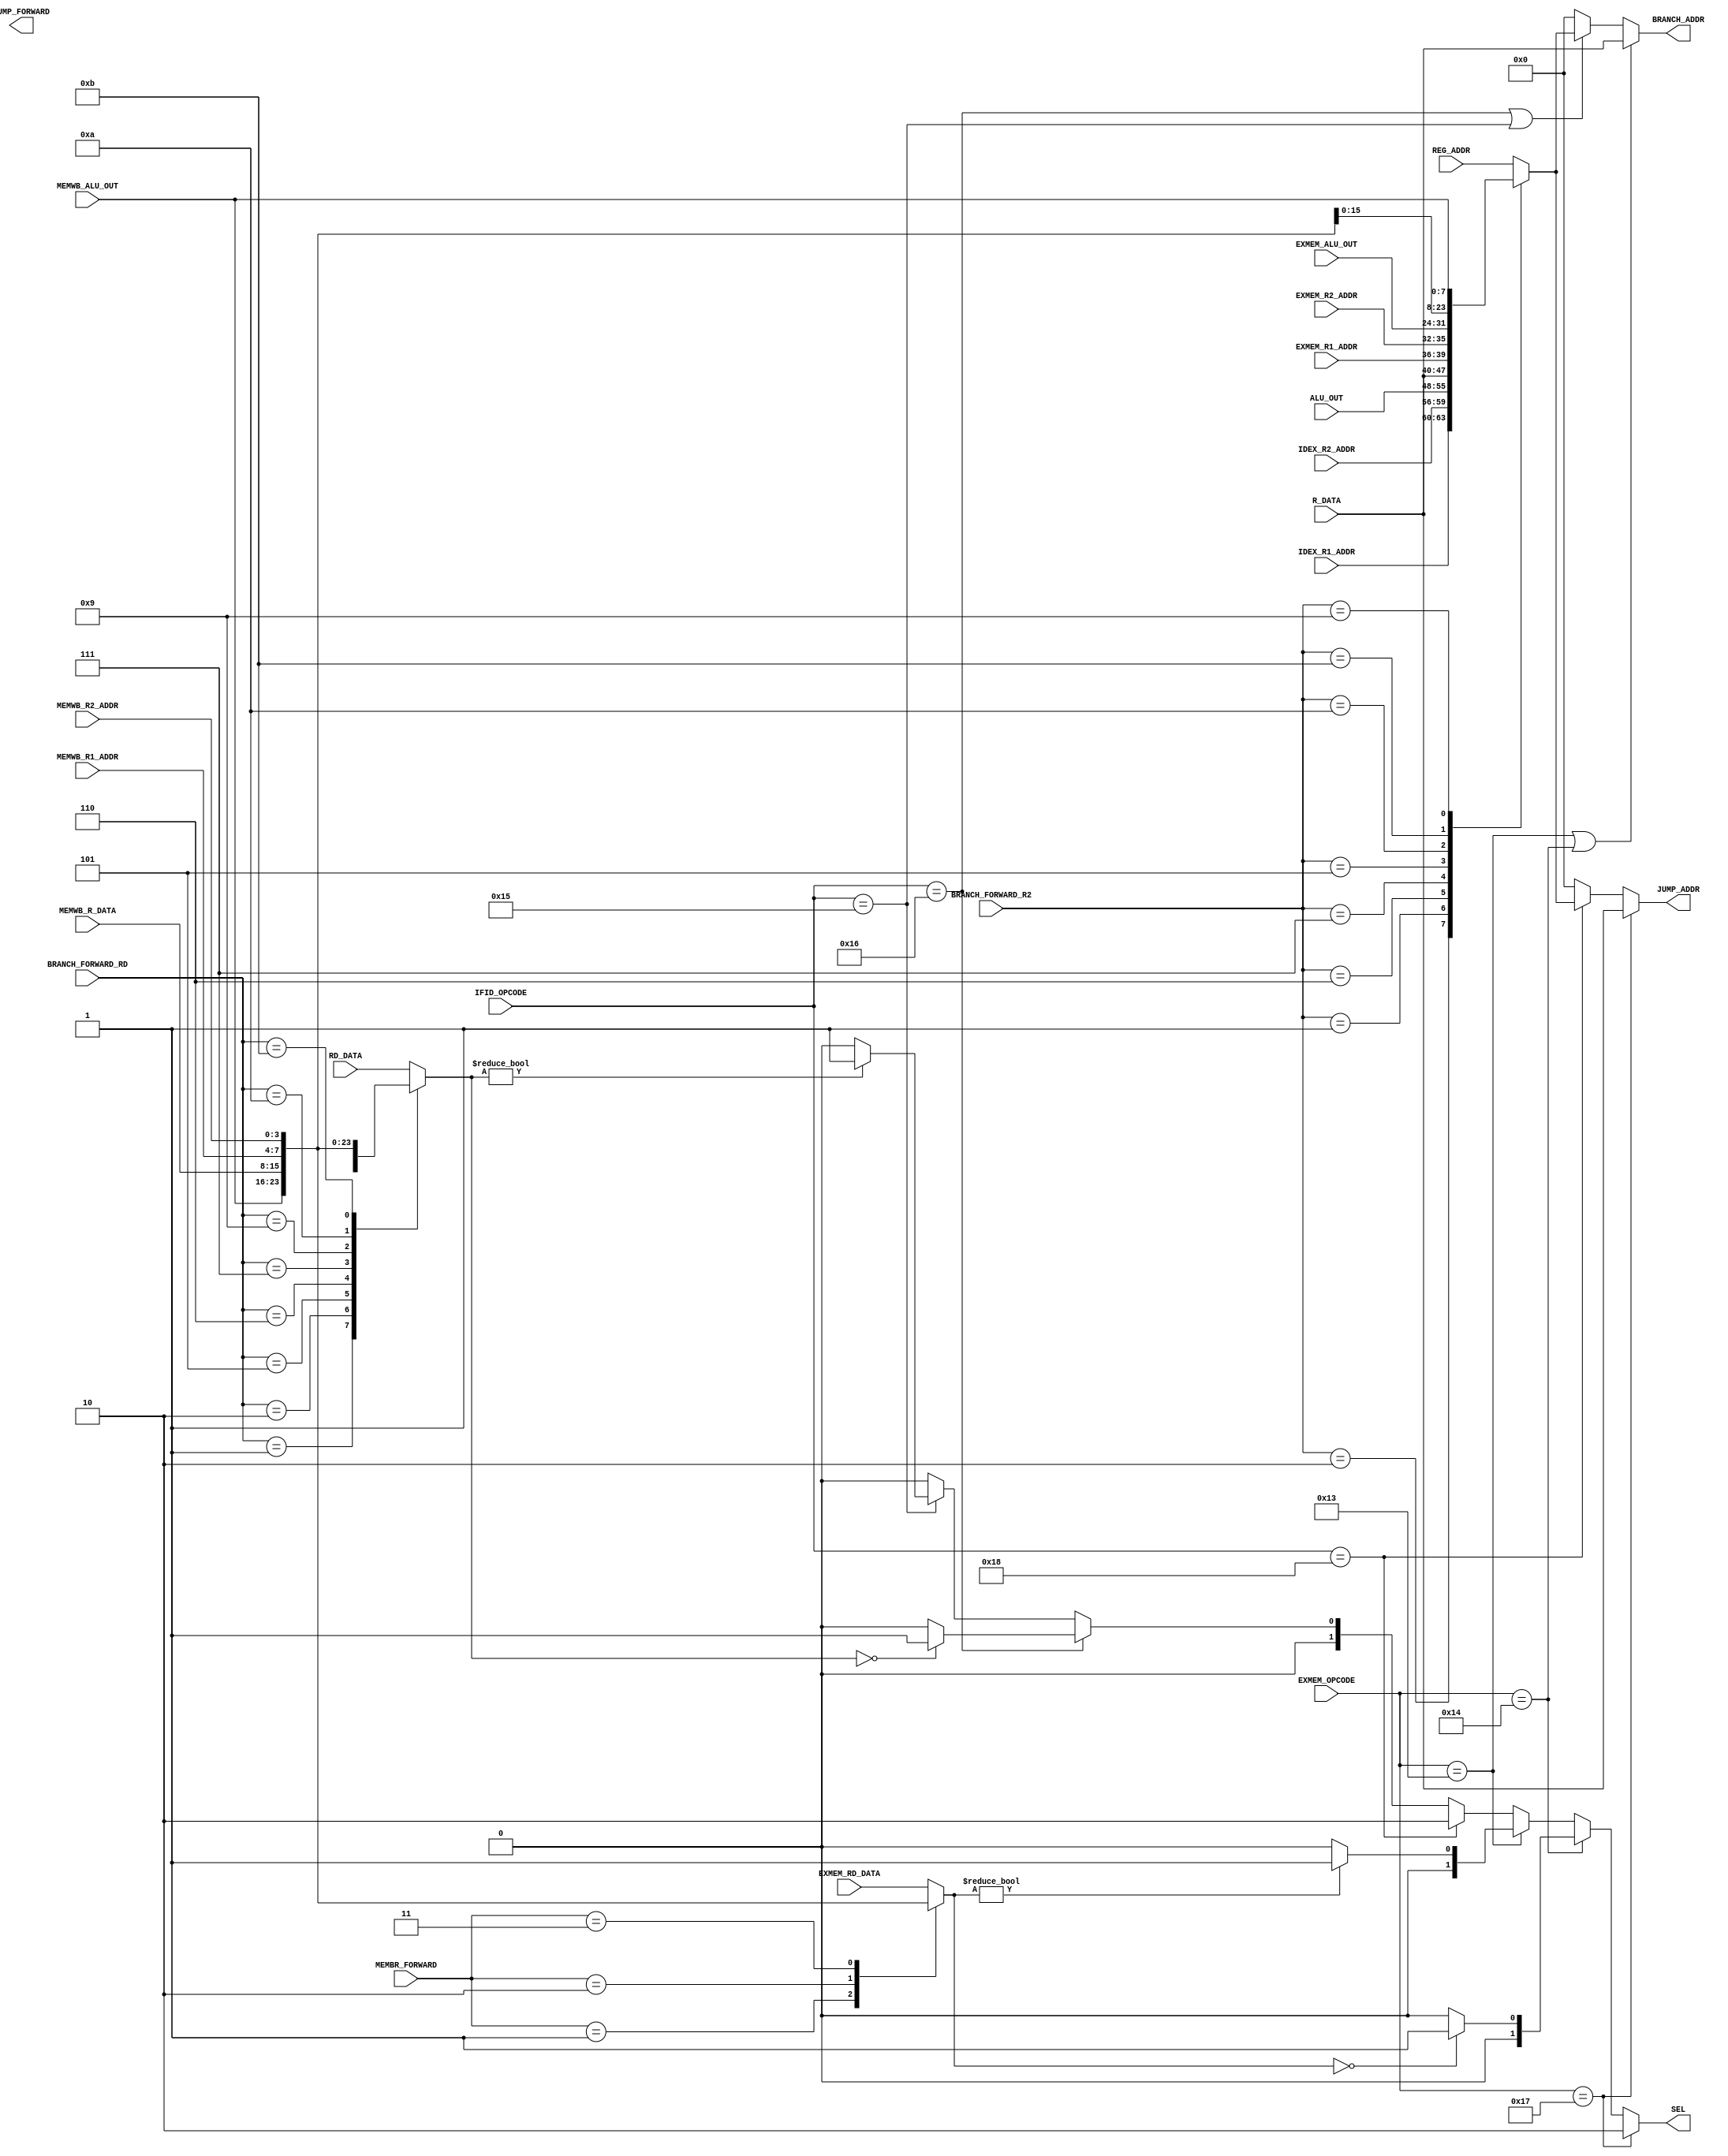
module JPBR_CONTROL (
	output reg 	[1:0] 	SEL,
	output reg 	[7:0]	BRANCH_ADDR,
	output reg 	[7:0] 	JUMP_ADDR,
	input 		[4:0]	IFID_OPCODE,
	input 		[4:0] 	EXMEM_OPCODE,	
	input 		[7:0]	REG_ADDR,

	input		[3:0]	BRANCH_FORWARD_R2,
	input 		[7:0]	ALU_OUT,
	input 		[7:0]	EXMEM_ALU_OUT,
	input 		[7:0]	MEMWB_ALU_OUT,

	output reg					JUMP_FORWARD,
	input 		[7:0]	R_DATA,
	input 		[7:0]	MEMWB_R_DATA,

	input 		[1:0]	MEMBR_FORWARD,
	input 		[3:0] 	BRANCH_FORWARD_RD,
	input 		[3:0]	MEMWB_R1_ADDR,
	input 		[3:0]	MEMWB_R2_ADDR,
	input 		[7:0]	EXMEM_RD_DATA,
	input 		[3:0]	EXMEM_R1_ADDR,
	input 		[3:0]	EXMEM_R2_ADDR,
	input 		[3:0]	IDEX_R1_ADDR,
	input 		[3:0]	IDEX_R2_ADDR,
	input 		[7:0]	RD_DATA

	); 	//REGISTER_FILE R2_DATA

	parameter 		bne 	= 5'b10011,
					be 		= 5'b10100,
					bner	= 5'b10101,
					ber    	= 5'b10110,
					j 		= 5'b10111,
					jr 		= 5'b11000,
					li		= 5'b11001,
					load	= 5'b11010,
					store	= 5'b11011;	

	parameter		ideximm 	= 4'b0010, 
					idex 		= 4'b0001, 
					exmemload 	= 4'b0110, 
					exmemimm 	= 4'b0111, 
					exmem 		= 4'b0101,
					memwbload 	= 4'b1010,
					memwbimm 	= 4'b1011,
					memwb 		= 4'b1001,
					no_forward	= 4'b0000;
reg [7:0] RD;
reg [7:0] MEM_RD;

always @(*)
	case (MEMBR_FORWARD)
	2'b01:
		MEM_RD = MEMWB_ALU_OUT;
	2'b10:
		MEM_RD = MEMWB_R_DATA;
	2'b11:
		MEM_RD = {MEMWB_R1_ADDR,MEMWB_R2_ADDR};
	default:
		MEM_RD = EXMEM_RD_DATA;
	endcase

always @(*)
	case (BRANCH_FORWARD_RD)
	4'b0001:
		RD = ALU_OUT;
	4'b0010:
		RD = {IDEX_R1_ADDR,IDEX_R2_ADDR};
	4'b0101:
		RD = EXMEM_ALU_OUT;
	4'b0110:
		RD = R_DATA;
	4'b0111:
		RD = {EXMEM_R1_ADDR,EXMEM_R2_ADDR};
	4'b1001:
		RD = MEMWB_ALU_OUT;
	4'b1010:
		RD = MEMWB_R_DATA;
	4'b1011:
		RD = {MEMWB_R1_ADDR,MEMWB_R2_ADDR};
	default:
		RD = RD_DATA;
	endcase

always @(*)
    if (EXMEM_OPCODE == j)
        SEL = 2;
    else if (EXMEM_OPCODE == be)
        if (MEM_RD == 0)
            SEL = 1;
        else 
            SEL = 0;
    else if (EXMEM_OPCODE == bne)
        if (MEM_RD != 0)
            SEL = 1;
        else 
            SEL = 0;
    else if (IFID_OPCODE == jr)
        SEL = 2;
    else if (IFID_OPCODE == ber)
        if (RD == 0)
            SEL = 1;
        else 
            SEL = 0;
    else if (IFID_OPCODE == bner)
        if (RD != 0)
            SEL = 1;
        else
            SEL = 0;
    else 
        SEL = 0;

always @(*)
    if (EXMEM_OPCODE == j)
        JUMP_ADDR = R_DATA;
    else if (IFID_OPCODE == jr)
        case (BRANCH_FORWARD_R2)
        ideximm:
                JUMP_ADDR = {IDEX_R1_ADDR,IDEX_R2_ADDR};
        idex:
                JUMP_ADDR = ALU_OUT;
        exmemload:
                JUMP_ADDR = R_DATA;
        exmemimm:
                JUMP_ADDR = {EXMEM_R1_ADDR,EXMEM_R2_ADDR};
        exmem:
                JUMP_ADDR = EXMEM_ALU_OUT;
        memwbload:
                JUMP_ADDR = MEMWB_R_DATA;
        memwbimm:
                JUMP_ADDR = {MEMWB_R1_ADDR,MEMWB_R2_ADDR};
        memwb:
                JUMP_ADDR = MEMWB_ALU_OUT;
        default:
                JUMP_ADDR = REG_ADDR;
        endcase
    else
        JUMP_ADDR = 0;

always @(*)
    if(EXMEM_OPCODE == bne || EXMEM_OPCODE == be)
        BRANCH_ADDR = R_DATA;
    else if (IFID_OPCODE == ber || IFID_OPCODE == bner)
        case (BRANCH_FORWARD_R2)
        ideximm:
            BRANCH_ADDR = {IDEX_R1_ADDR,IDEX_R2_ADDR};
        idex:
            BRANCH_ADDR = ALU_OUT;
        exmemload:
            BRANCH_ADDR = R_DATA;
        exmemimm:
            BRANCH_ADDR = {EXMEM_R1_ADDR,EXMEM_R2_ADDR};
        exmem:
            BRANCH_ADDR = EXMEM_ALU_OUT;
        memwbload:
            BRANCH_ADDR = MEMWB_R_DATA;
        memwbimm:
            BRANCH_ADDR = {MEMWB_R1_ADDR,MEMWB_R2_ADDR};
        memwb:
            BRANCH_ADDR = MEMWB_ALU_OUT;
        default:
            BRANCH_ADDR = REG_ADDR;
        endcase
    else 
        BRANCH_ADDR = 0;

endmodule